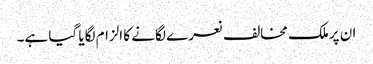
ان پرملک مخالف نعرے لگانے کا الزام لگایا گیا ہے۔